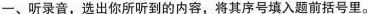
一、听录音，选出你所听到的内容，将其序号填入题前括号里